Annual report of the Bengal Veterinary College and of the Civil Veterinary Department, Bengal, for the year 1920-21 - 1920-1921
Year: 1920
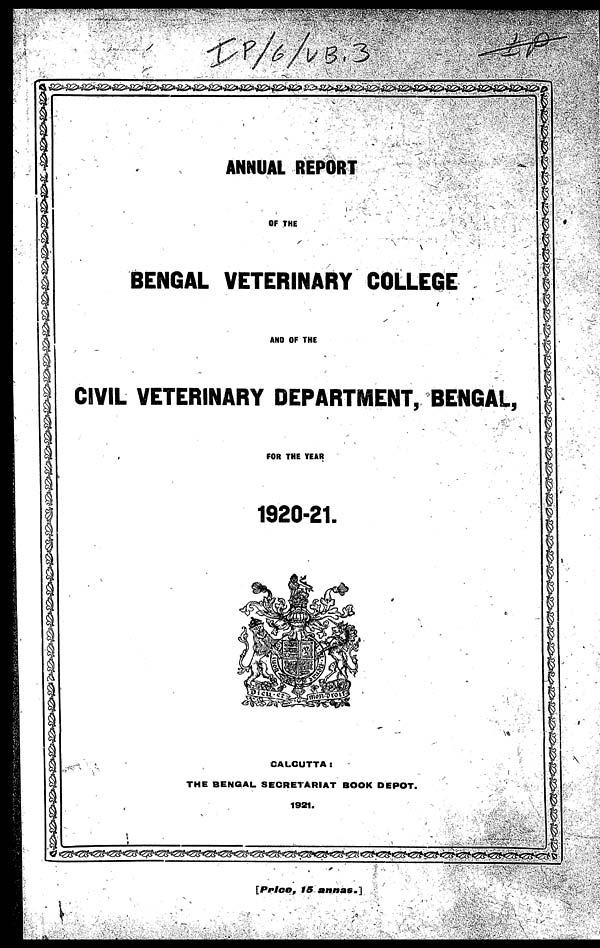
ANNUAL REPORT
OF THE
BENGAL VETERINARY COLLEGE
AND OF THE
CIVIL VETERINARY DEPARTMENT, BENGAL,
FOR THE YEAR
1920-21.
CALCUTTA:
THE BENGAL SECRETARIAT BOOK DEPOT.
1921.
[Price, 15 annas.]